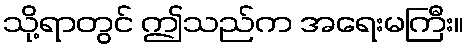
သို့ရာတွင် ဤသည်က အရေးမကြီး။